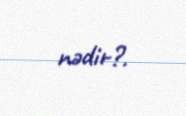
nədir?.